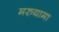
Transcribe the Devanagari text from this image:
मरुयामा